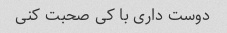
دوست داری با کی صحبت کنی